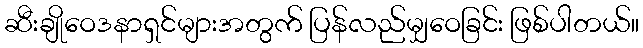
ဆီးချိုဝေဒနာရှင်များအတွက် ပြန်လည်မျှဝေခြင်း ဖြစ်ပါတယ်။